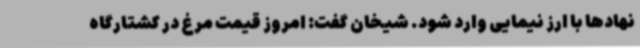
نهادها با ارز نیمایی وارد شود. شیخان گفت: امروز قیمت مرغ در کشتارگاه